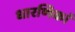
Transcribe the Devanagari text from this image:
धारणिकां